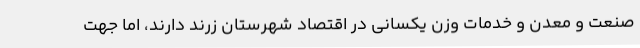
صنعت و معدن و خدمات وزن یکسانی در اقتصاد شهرستان زرند دارند، اما جهت